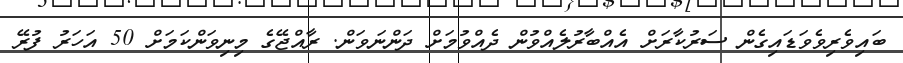
ބައިވެރިވެވަޑައިގެން ސަރުކާރަށް އެއްބާރުލެއްވުން ދެއްވުމަށް ދަންނަވަން. ރާއްޖޭގެ މިނިވަންކަމަށް 50 އަހަރު ފުރޭ